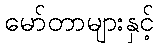
မော်တာများနှင့်